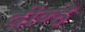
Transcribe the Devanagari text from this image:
दीन्हे